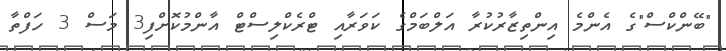
"ބޭންކްސް"ގެ އެންމެ އިންތިޒާރުކުރާ އަލްބަމްގެ ކަވަރާއި ޓްރެކްލިސްޓް އާންމުކޮށްފި3 މަސް 3 ހަފްތާ